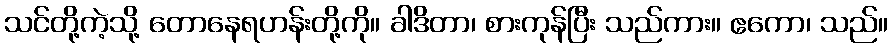
သင်တို့ကဲ့သို့ တောနေရဟန်းတို့ကို။ ခါဒိတာ၊ စားကုန်ပြီး သည်ကား။ ဧကော၊ သည်။